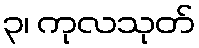
၃၊ ကုလသုတ်